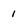
Character: 1